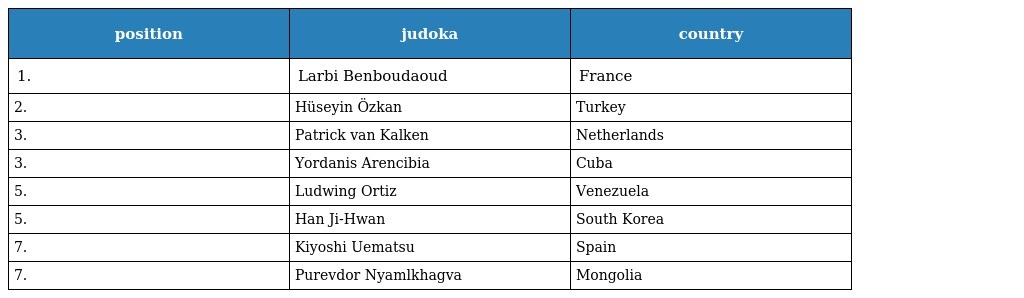
| position | judoka | country |
 | --- | --- | --- |
 | 1. | Larbi Benboudaoud | France |
 | 2. | Hüseyin Özkan | Turkey |
 | 3. | Patrick van Kalken | Netherlands |
 | 3. | Yordanis Arencibia | Cuba |
 | 5. | Ludwing Ortiz | Venezuela |
 | 5. | Han Ji-Hwan | South Korea |
 | 7. | Kiyoshi Uematsu | Spain |
 | 7. | Purevdor Nyamlkhagva | Mongolia |